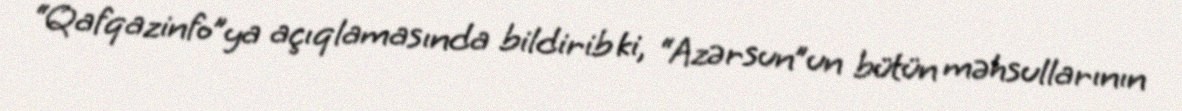
“Qafqazinfo”ya açıqlamasında bildirib ki, “Azərsun”un bütün məhsullarının